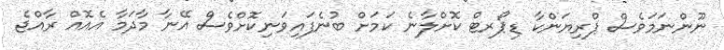
ނޫންނަމަވެސް ޕްރިޔަންކާ ޑިޕޯރޓް ކޮށްލާނެ ކަމަށް ބުނެފައިވަނިކޮށްވެސް އޭނާ މާދަމާ އެއޮއް ރާއްޖެ